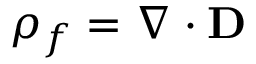
\rho _ { f } = \nabla \cdot \mathbf { D }